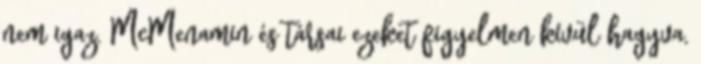
nem igaz. McMenamin és társai ezeket figyelmen kívül hagyva,